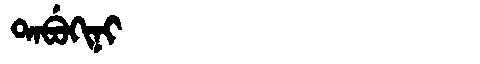
Manchu: ᡨᠠᠪᡠᡴᡳᠨᡳ
Romanization: TABUKINI